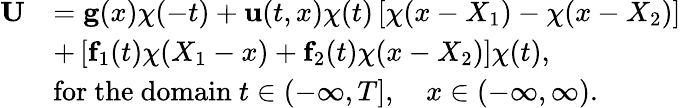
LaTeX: \begin{array}{rl}{{\mathbf U}}&{={\mathbf g}({x})\chi(-t)+{\mathbf u}(t,{x})\chi(t)\left[\chi(x-X_{1})-\chi(x-X_{2})\right]}\\ &{+\left[{\mathbf f_{1}}(t)\chi(X_{1}-x)+{\mathbf f_{2}}(t)\chi(x-X_{2})\right]\chi(t),}\\ &{{\mathrm{for~the~domain~}}t\in(-\infty,T],\quad x\in(-\infty,\infty).}\end{array}